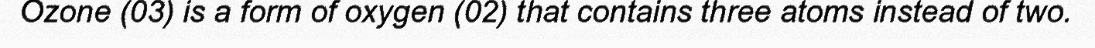
Ozone (03) is a form of oxygen (02) that contains three atoms instead of two.